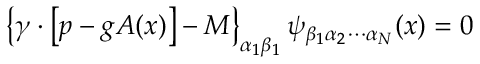
\left\{ \gamma \cdot \left[ p - g A ( x ) \right] - M \right\} _ { \alpha _ { 1 } \beta _ { 1 } } \psi _ { \beta _ { 1 } \alpha _ { 2 } \cdots \alpha _ { N } } ( x ) = 0